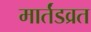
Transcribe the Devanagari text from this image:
मार्तंडव्रत